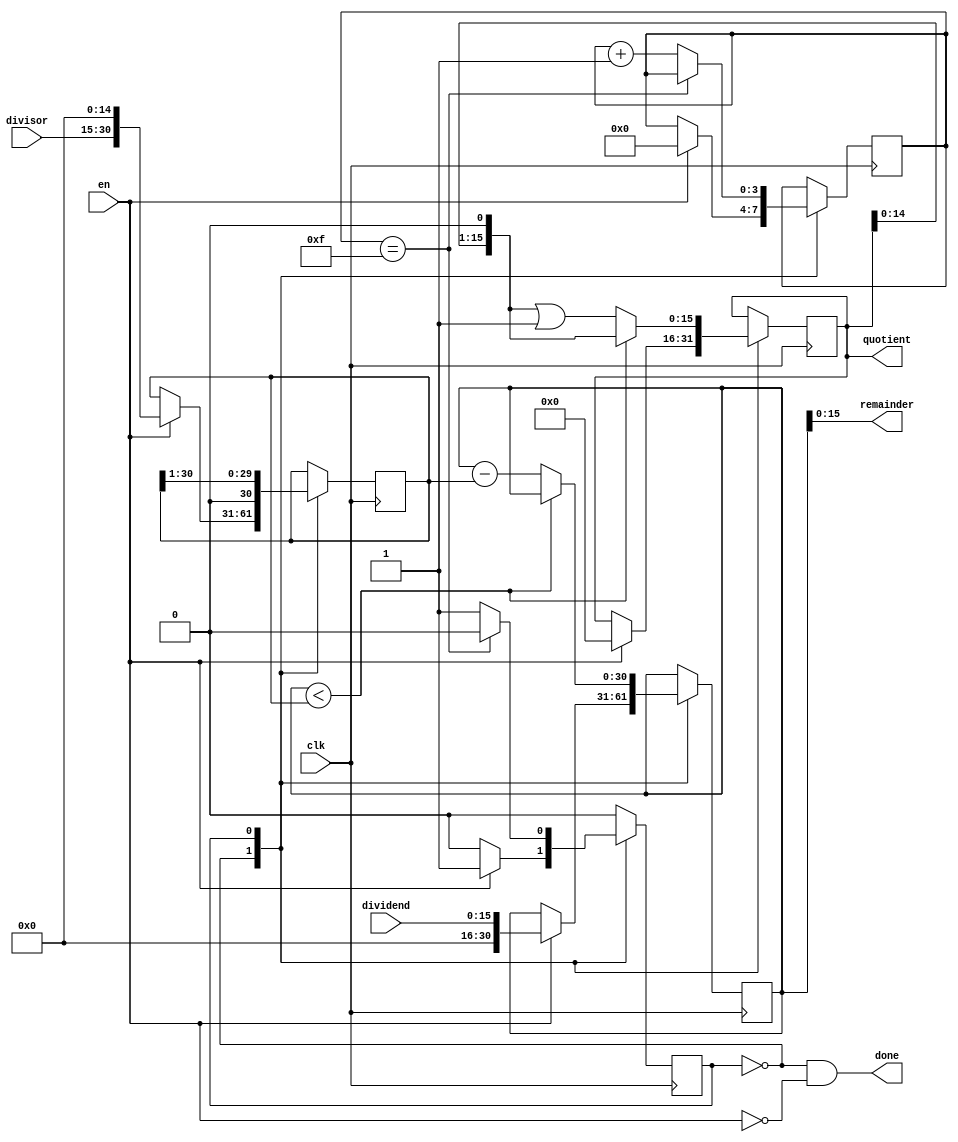
module divider
  (
   input                 clk,
   input                 en,
   input [BITS-1:0]      dividend,
   input [BITS-1:0]      divisor,
   output reg [BITS-1:0] quotient,
   output [BITS-1:0]     remainder,
   output                done
   );

   initial begin
      quotient = 0;
   end

   parameter BITS = 16;

   localparam STATE_IDLE   = 0;
   localparam STATE_DIVIDE = 1;

   reg                    state = STATE_IDLE;
   reg [$clog2(BITS)-1:0] div_counter = 0;
   reg [(BITS-1)*2:0]     dividend_reg = 0;
   reg [(BITS-1)*2:0]     divisor_reg = 0;        

   assign done = (STATE_IDLE == state) && !en;
   assign remainder = dividend_reg[BITS-1:0];

   always @ (posedge clk) begin
      case (state)
        STATE_IDLE: begin
           if (en) begin
              div_counter <= 0;
              dividend_reg <= { {BITS-1{1'b0}}, dividend };
              divisor_reg <= { divisor, {BITS-1{1'b0}} };
              quotient <= 0;
              state <= STATE_DIVIDE;
           end
        end
        STATE_DIVIDE: begin
           // Increment the counter, if we will be done this cycle then
           // head back to STATE_IDLE
           if (div_counter == BITS - 1) begin
              state <= STATE_IDLE;
           end else begin
              div_counter <= div_counter + 1;
           end
           // Do one step of the division. Shift the divisor, possibly
           // subtract from the dividend, and shift the next bit onto
           // the quotient
           divisor_reg <= divisor_reg >> 1;
           if (dividend_reg < divisor_reg) begin
              quotient <= quotient << 1;
           end else begin
              quotient <= (quotient << 1) | 1'b1;
              dividend_reg <= dividend_reg - divisor_reg;
           end
        end
      endcase
   end

endmodule